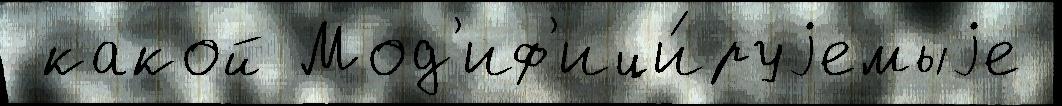
 какой Мод'иф'ици́руjемыjе